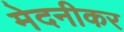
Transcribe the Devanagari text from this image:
मेदनीकर